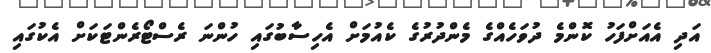
އަދި އެއަށްފަހު ކޮންމެ ދުވަހެއްގެ މެންދުރުގެ ކެއުމަށް އެހިސާބުގައި ހުންނަ ރެސްޓޯރެންޓަކަށް އެކުގައި